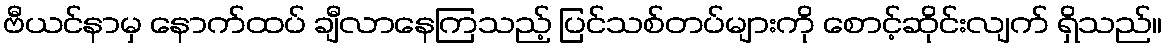
ဗီယင်နာမှ နောက်ထပ် ချီလာနေကြသည့် ပြင်သစ်တပ်များကို စောင့်ဆိုင်းလျက် ရှိသည်။